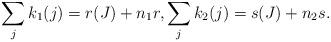
LaTeX: \begin{align*}\sum_j k_1(j)=r(J)+n_1r, \sum_j k_2(j)=s(J)+n_2s.\end{align*}